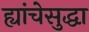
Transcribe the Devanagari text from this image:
ह्यांचेसुद्धा